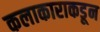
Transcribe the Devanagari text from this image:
कलाकाराकडून